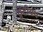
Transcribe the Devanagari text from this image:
ट्वेंटीयेथ